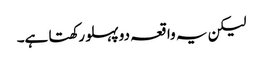
لیکن یہ واقعہ دو پہلو رکھتا ہے۔